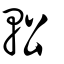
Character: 䡆